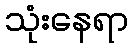
သုံးနေရာ